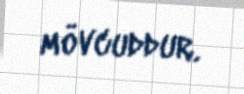
mövcuddur.